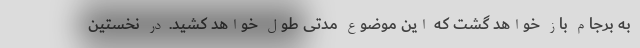
به برجام باز خواهد گشت که این موضوع مدتی طول خواهد کشید. در نخستین